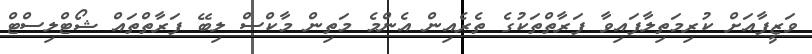
ވަޒީފާއަށް ކުރިމަތިލާފައިވާ ފަރާތްތަކުގެ ތެރެއިން އެންމެ މަތިން މާކްސް ލިބޭ ފަރާތްތައް ޝޯޓްލިސްޓް